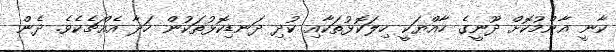
ކާނީ އާންމުކޮށް ދޫނީގެ ހާއްޔަކީ ހިލަކޮޅުތަކާއި ކުދި ދަނޑިކޮޅުތަކުން ހަދާ އެއްޗެކެވެ. ދެން